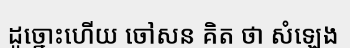
ដូច្នោះហើយ ចៅសន គិត ថា សំឡេង